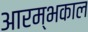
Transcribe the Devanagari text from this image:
आरम्भकाल